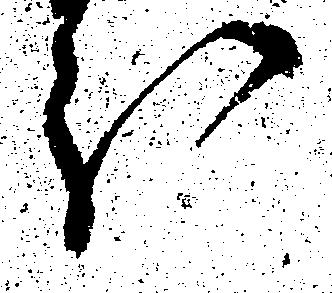
分